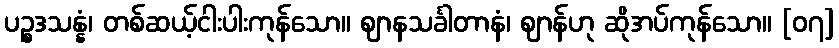
ပဉ္စဒသန္နံ၊ တစ်ဆယ့်ငါးပါးကုန်သော။ ဈာနသင်္ခါတာနံ၊ ဈာန်ဟု ဆိုအပ်ကုန်သော။ [၀၇]